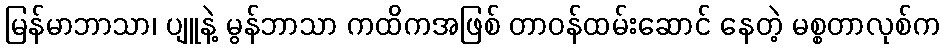
မြန်မာဘာသာ၊ ပျူနဲ့ မွန်ဘာသာ ကထိကအဖြစ် တာဝန်ထမ်းဆောင် နေတဲ့ မစ္စတာလုစ်က